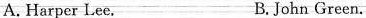
A. Harper Lee. B.John Green.